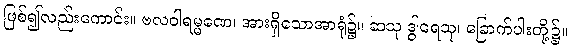
ဖြစ်၍လည်းကောင်း။ ဗလဝါရမ္မဏေ၊ အားရှိသောအာရုံ၌။ ဆသု ဒွါရေသု၊ ခြောက်ပါးတို့၌။